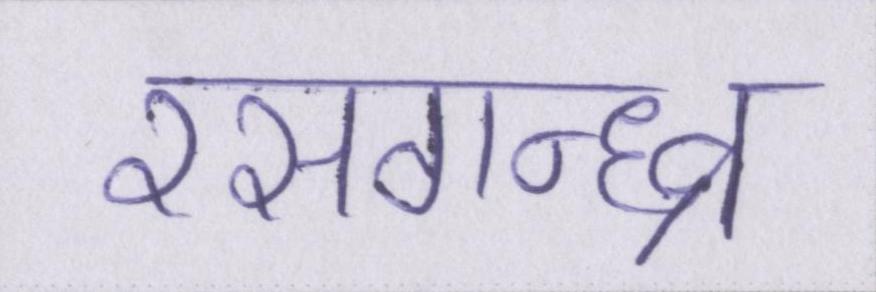
रसगन्ध्र्व